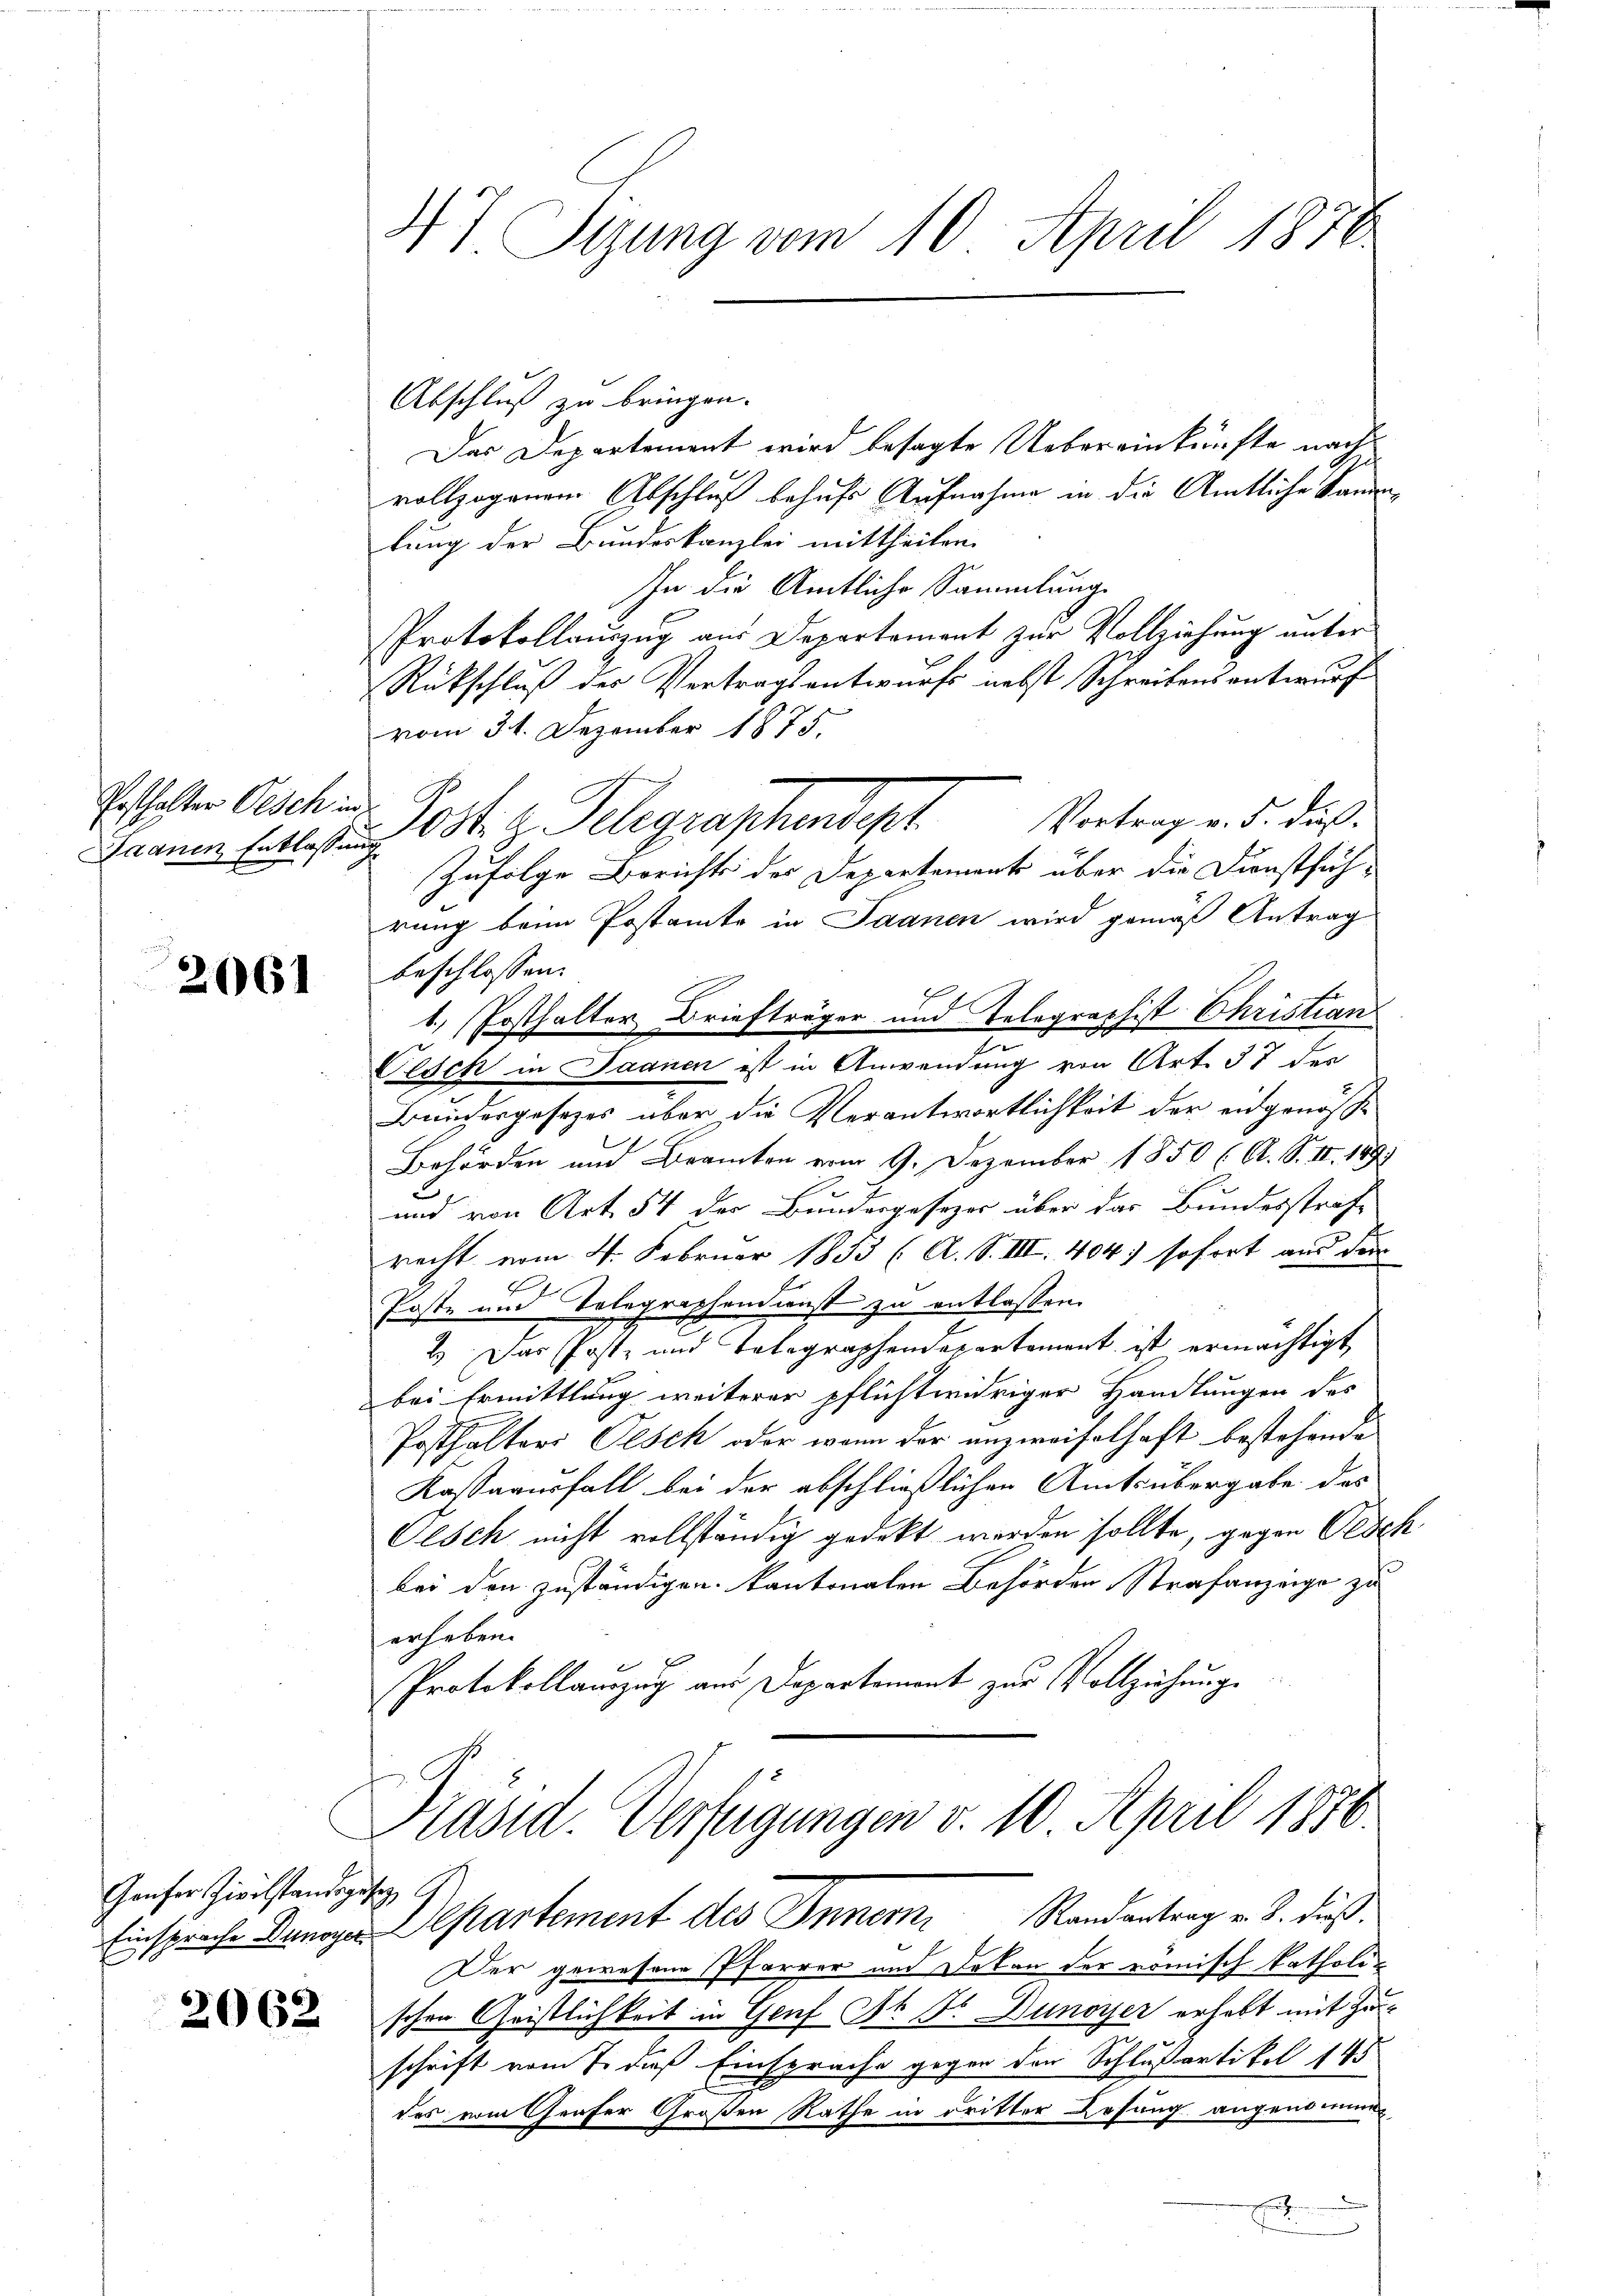
Posthalter Oesch in
Saanen Entlassung

2061

Ganfer Zivilständige
Einsprache Dunoyer

2062

47 Sizung vom 10. April 1876

Abschluß zu bringen.
Das Departement wird besagte Uebereinkünfte nach
vollzogenem Abschluß behufs Aufnahme in die Amtliche Sammlung der Bundeskanzlei mittheilen.
In die Amtliche Sammlunge
Protokollauszug aus Departement zur Vollziehung unter
Rückschluß des Vertragsentwurfs nebst Schreibens entwurf
vom 31. Dezember 1875.
Vortrag v. 5. daß
Zufolge Berichts der Departement über die Dienstsüch-
rung beim Postamte in Saanen wird gemäß Antrag
beschlossen:
1) Posthalter Briefträger und Telegraphist Christian
Gesch in Saanen ist in Anwendung von Art. 37 der
Baudergesetzes über die Verantwortlichkeit der eidgenöß¬
Behörden und Beamten vom 9. Dezember 1850 (A. S. II. 189
und von Art. 54 der Bundesgesezes über das Bundesstraf-
recht vom 4. Februar 1853 (A. S. III. 404) sofort aus der
Poste und Telegraphendienst zu entlassen.
2.) Das Post- und Telegraphendepartement ist ermächtigt,
bei Ermittlung weiterer pflichtwidriger Handlungen des
Posthalteri Pisek oder wenn der anzweifelhaft bestehende
Kassaverfall bei der abschließlichen Amtsübergabe das
Oesch nicht vollständig gedekt werden sollte, gegen Gesch
bei den zuständigen kantonalen Behörden Strafanzeige zu
erheben.
Protokollamzug am Departement zur Vollziehung
Präsid. Verfügungen v. 10. April 1878

Post. z. Telegraschendige

Departement des Innern Randantrag v. 3. dieß.

Der gewesene Pfarrer und Dekan der römisch katholischen Geistlichkeit in Genf St. Fr. Dunoyer erhebt mit Zu-
schrift vom 7. dieß Einsprache gegen den Schlußartikel 145
des vom Grafer Großen Rathe in dritter Lösung angenomme
d
E